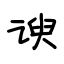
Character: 谀